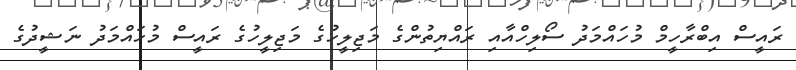
ރައީސް އިބްރާހީމް މުހައްމަދު ސޯލިހްއާއި ރައްޔިތުންގެ މަޖިލީހުގެ މަޖިލީހުގެ ރައީސް މުހައްމަދު ނަޝީދުގެ